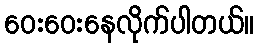
ဝေးဝေးနေလိုက်ပါတယ်။